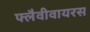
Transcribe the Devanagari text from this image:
फ्लैवीवायरस